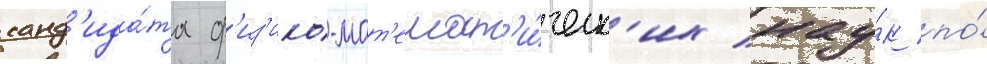
канд'ида́та ф'из'ико-мат'емат'и́ческ'их нау́к по́